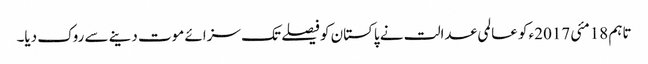
تاہم 18مئی 2017ء کو عالمی عدالت نے پاکستان کو فیصلے تک سزائے موت دینے سے روک دیا۔